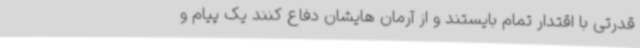
قدرتی با اقتدار تمام بایستند و از آرمان هایشان دفاع کنند یک پیام و